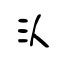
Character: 汄